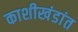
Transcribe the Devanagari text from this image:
काशीखंडांत